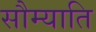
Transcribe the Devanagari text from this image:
सौम्याति